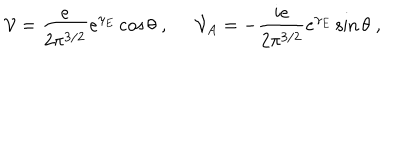
{ \cal V } = \frac { e } { 2 \pi ^ { 3 / 2 } } e ^ { \gamma _ { E } } \cos \theta \; , \; \; { \cal V } _ { A } = - \frac { i e } { 2 \pi ^ { 3 / 2 } } e ^ { \gamma _ { E } } \sin \theta \; ,